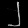
Digit: ၂